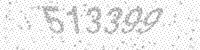
Solution: 513399